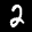
Label: 2